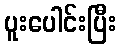
ပူးပေါင်းပြီး